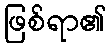
ဖြစ်ရာ၏